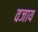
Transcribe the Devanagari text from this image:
वजाय